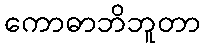
ကောဓာဘိဘူတာ